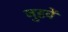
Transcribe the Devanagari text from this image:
जुडवें